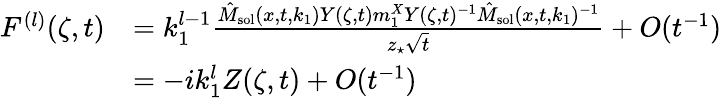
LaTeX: \begin{array}{rl}{F^{(l)}(\zeta,t)}&{=k_{1}^{l-1}\frac{\hat{M}_{\mathrm{sol}}(x,t,k_{1})Y(\zeta,t)m_{1}^{X}Y(\zeta,t)^{-1}\hat{M}_{\mathrm{sol}}(x,t,k_{1})^{-1}}{z_{\star}\sqrt{t}}+O(t^{-1})}\\ &{=-ik_{1}^{l}Z(\zeta,t)+O(t^{-1})}\end{array}